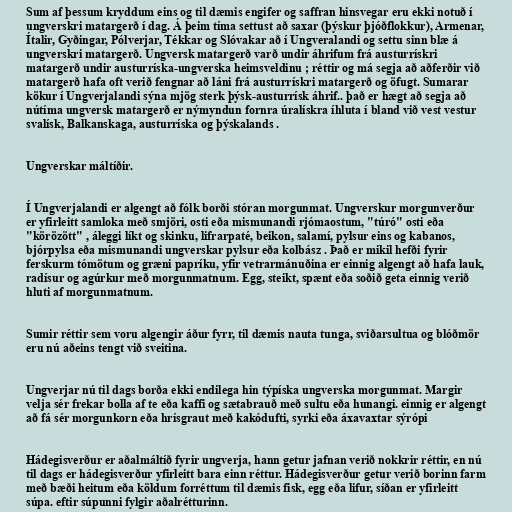
Sum af þessum kryddum eins og til dæmis engifer og saffran hinsvegar eru ekki notuð í
ungverskri matargerð í dag. Á þeim tíma settust að saxar (þýskur þjóðflokkur), Armenar,
Ítalir, Gyðingar, Pólverjar, Tékkar og Slóvakar að í Ungveralandi og settu sinn blæ á
ungverskri matargerð. Ungversk matargerð varð undir áhrifum frá austurrískri
matargerð undir austurríska-ungverska heimsveldinu ; réttir og má segja að aðferðir við
matargerð hafa oft verið fengnar að láni frá austurrískri matargerð og öfugt. Sumarar
kökur í Ungverjalandi sýna mjög sterk þýsk-austurrísk áhrif.. það er hægt að segja að
nútíma ungversk matargerð er nýmyndun fornra úralískra íhluta í bland við vest vestur
svalísk, Balkanskaga, austurríska og þýskalands .

Ungverskar máltíðir.

Í Ungverjalandi er algengt að fólk borði stóran morgunmat. Ungverskur morgunverður
er yfirleitt samloka með smjöri, osti eða mismunandi rjómaostum, "túró" osti eða
"körözött" , áleggi líkt og skinku, lifrarpaté, beikon, salamí, pylsur eins og kabanos,
bjórpylsa eða mismunandi ungverskar pylsur eða kolbász . Það er mikil hefði fyrir
ferskurm tómötum og græni papríku, yfir vetrarmánuðina er einnig algengt að hafa lauk,
radísur og agúrkur með morgunmatnum. Egg, steikt, spænt eða soðið geta einnig verið
hluti af morgunmatnum.

Sumir réttir sem voru algengir áður fyrr, til dæmis nauta tunga, sviðarsultua og blóðmör
eru nú aðeins tengt við sveitina.

Ungverjar nú til dags borða ekki endilega hin týpíska ungverska morgunmat. Margir
velja sér frekar bolla af te eða kaffi og sætabrauð með sultu eða hunangi. einnig er algengt
að fá sér morgunkorn eða hrísgraut með kakódufti, syrki eða áxavaxtar sýrópi

Hádegisverður er aðalmáltíð fyrir ungverja, hann getur jafnan verið nokkrir réttir, en nú
til dags er hádegisverður yfirleitt bara einn réttur. Hádegisverður getur verið borinn farm
með bæði heitum eða köldum forréttum til dæmis fisk, egg eða lifur, síðan er yfirleitt
súpa. eftir súpunni fylgir aðalrétturinn.